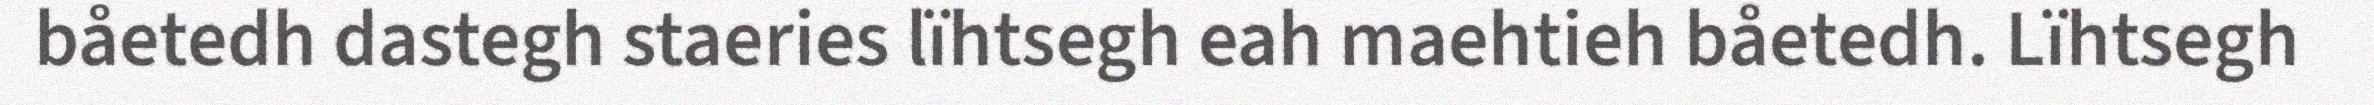
båetedh dastegh staeries lïhtsegh eah maehtieh båetedh. Lïhtsegh